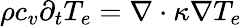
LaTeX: \rho{c_{v}}{\partial_{t}}{T_{e}}=\nabla\cdot\kappa\nabla{T_{e}}